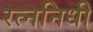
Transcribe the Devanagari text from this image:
रत्‍ननिधी